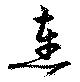
連